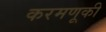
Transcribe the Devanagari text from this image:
करमणूकी